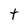
Character: t